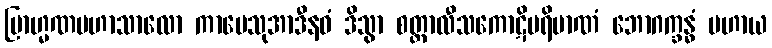
ဗြာဟ္မဏမဟာသာလော ကာမေသုအာဒီနဝံ ဒိသွာ စတ္တာလီသကောဋိပရိမာဏံ ဘောဂက္ခန္ဓံ ပဟာယ